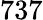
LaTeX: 737